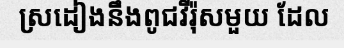
ស្រដៀងនឹងពូជវីរ៉ុសមួយ ដែល